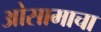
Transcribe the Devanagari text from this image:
ओसामाचा